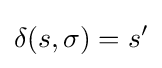
\delta (s,\sigma )=s'